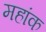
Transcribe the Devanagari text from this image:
महांक